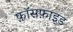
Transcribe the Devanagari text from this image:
फ़ॉसफ़ाइड